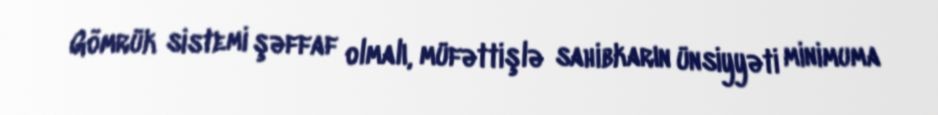
Gömrük sistemi şəffaf olmalı, müfəttişlə sahibkarın ünsiyyəti minimuma